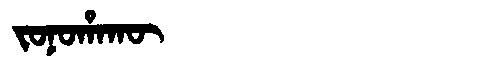
Manchu: ᠵᠣᠨᠣᡥᠠᡴᡡ
Romanization: JONOHAKŪ